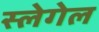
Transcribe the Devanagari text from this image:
स्लेगेल